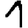
Digit: 1